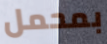
بمحمل